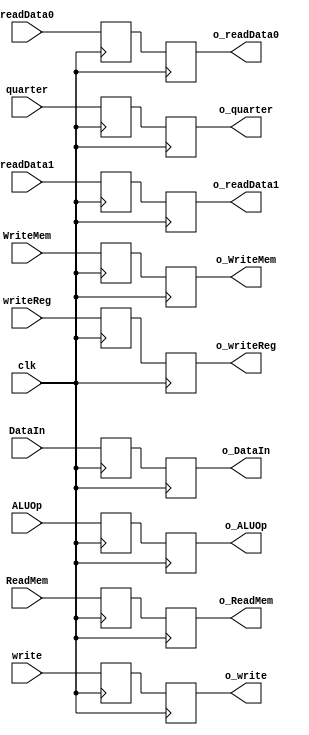
`timescale 1ns / 1ps
module ID_EX_latch(
	input clk,
	input [15:0] readData0, //datapath to ALU
	input [15:0] readData1,
	output [15:0] o_readData0,
	output [15:0] o_readData1,
	input [3:0] ALUOp,			//control signal to ALU
	output [3:0] o_ALUOp,
	input 		ReadMem,
	input       WriteMem,     //control signal to RAM
	output	 o_ReadMem,  
	output       o_WriteMem,
	input [15:0] DataIn,     //data path for RAM
	output [15:0] o_DataIn,
	input [1:0] quarter,      //data path to regfile
	output [1:0] o_quarter,
	input write,
	output o_write,
	input [4:0] writeReg,
	output [4:0] o_writeReg
);

reg [15:0] _readData0, _readData1, _DataIn;
reg [3:0]  _ALUOp;
reg [4:0] _writeReg;
reg [1:0] _ReadMem, _quarter;
reg _WriteMem, _write;

reg [15:0] __readData0, __readData1, __DataIn;
reg [3:0]  __ALUOp;
reg [4:0] __writeReg;
reg [1:0] __quarter;
reg __WriteMem, __ReadMem, __write;

assign o_readData0 = __readData0;
assign o_readData1 = __readData1;
assign o_ALUOp  = __ALUOp;
assign o_ReadMem = __ReadMem;
assign o_WriteMem = __WriteMem;
assign o_DataIn = __DataIn;
assign o_quarter = __quarter;
assign o_write = __write;
assign o_writeReg = __writeReg;

//input & write to registers
always@(negedge clk)
begin
	_readData0 <= readData0;
	_readData1 <= readData1;
	_ALUOp     <= ALUOp;
	_ReadMem  <= ReadMem;
	_WriteMem  <= WriteMem; 
	_DataIn <= DataIn;
	_quarter <= quarter;
	_write <= write;
	_writeReg <= writeReg;
end

//output
always@(posedge clk)
begin
	__readData0 <= _readData0;
	__readData1 <= _readData1;
	__ALUOp     <= _ALUOp;
	__ReadMem  <= _ReadMem;
	__WriteMem  <= _WriteMem; 
	__DataIn <= _DataIn;
	__quarter <= _quarter;
	__write <= _write;
	__writeReg <= _writeReg;
end

endmodule